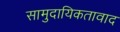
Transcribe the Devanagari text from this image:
सामुदायिकतावाद